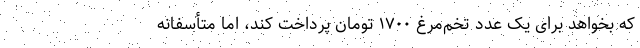
که بخواهد برای یک عدد تخم‌مرغ ۱۷۰۰ تومان پرداخت کند، اما متأسفانه